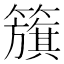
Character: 籏